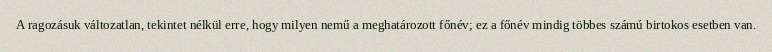
A ragozásuk változatlan, tekintet nélkül erre, hogy milyen nemű a meghatározott főnév; ez a főnév mindig többes számú birtokos esetben van.